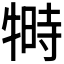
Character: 𬌦